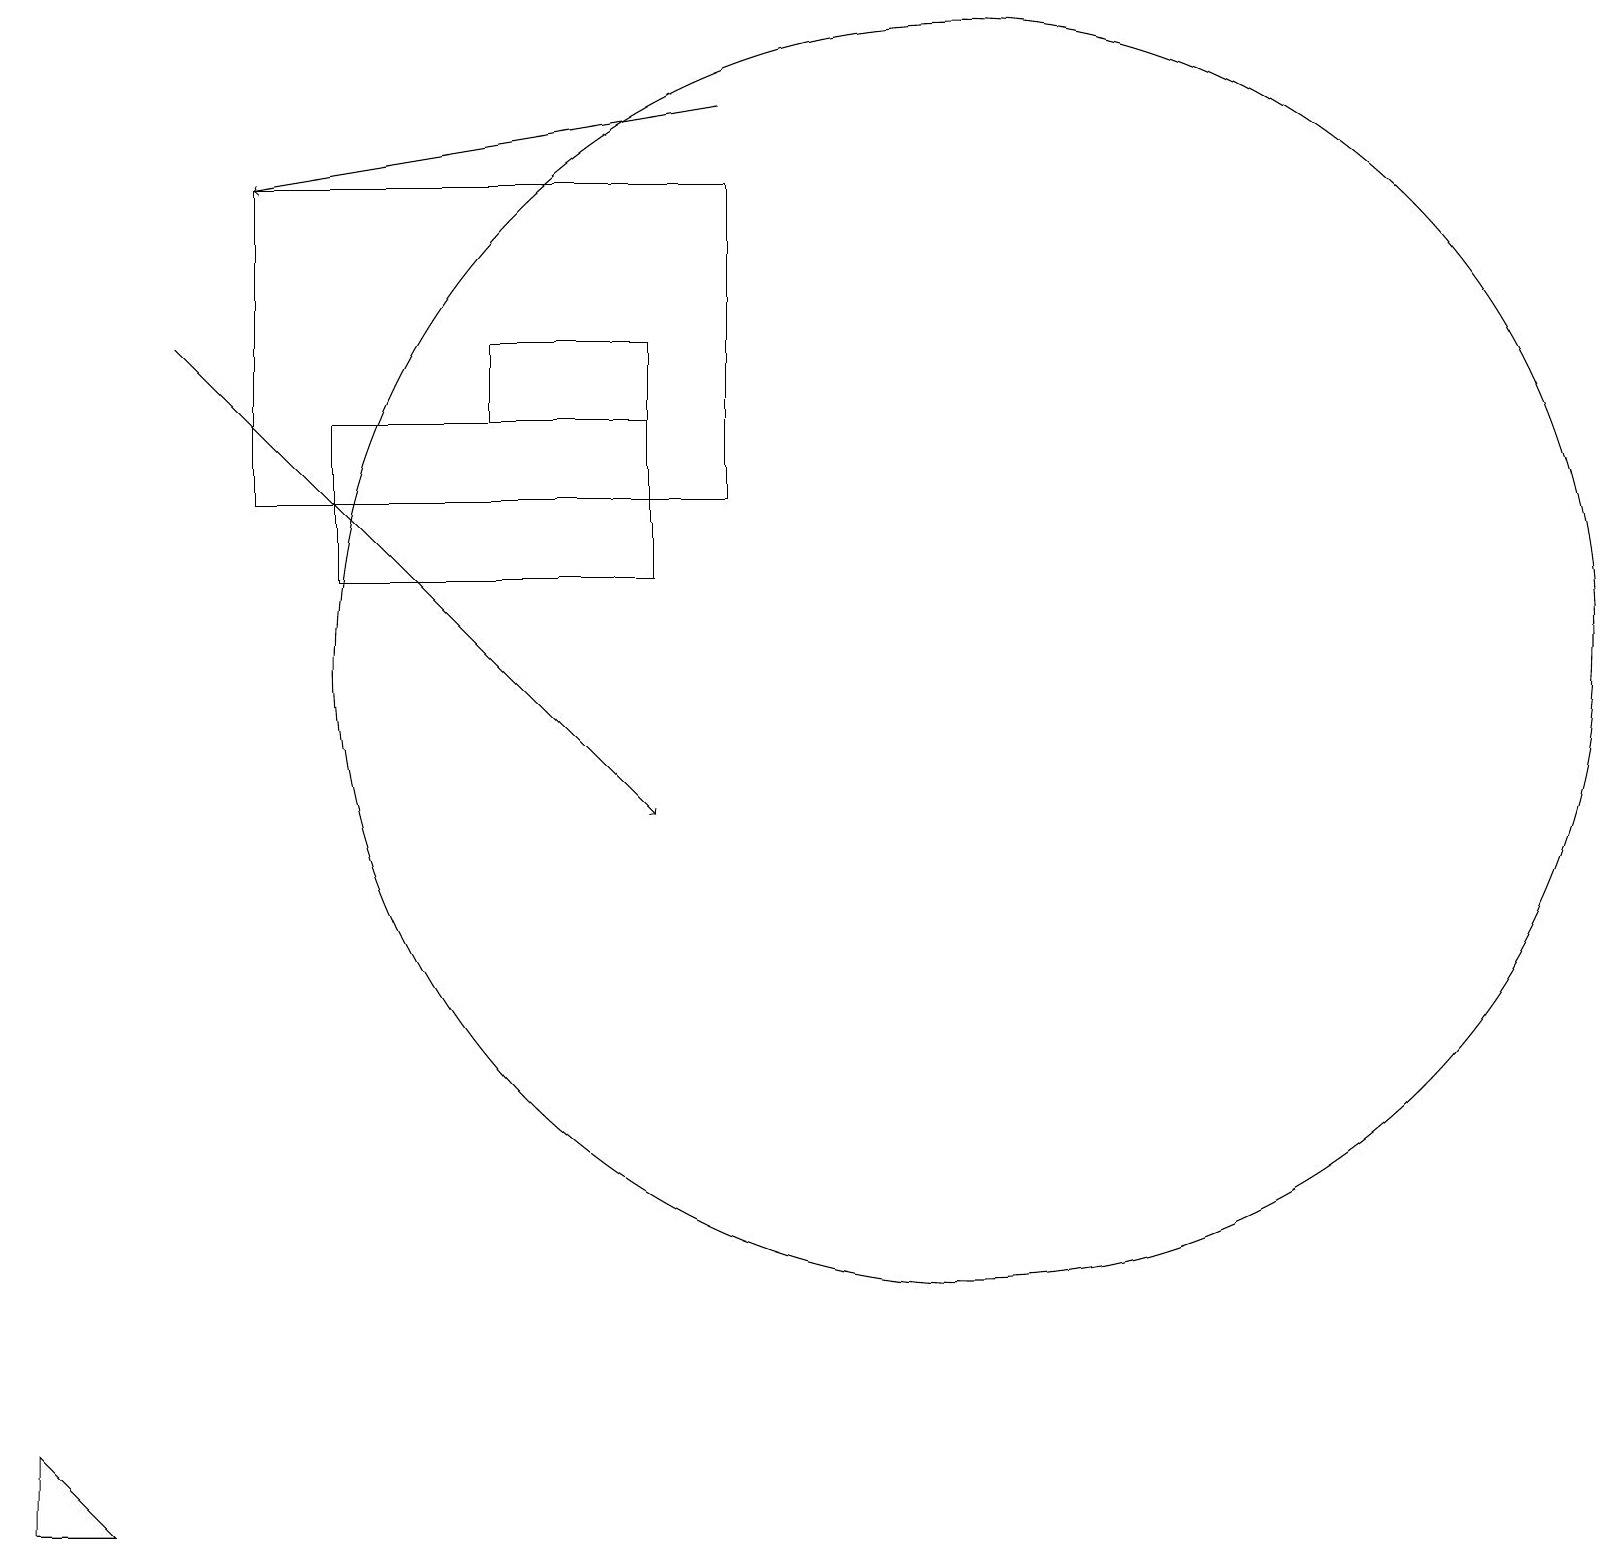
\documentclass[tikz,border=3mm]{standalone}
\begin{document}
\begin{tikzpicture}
\draw (8,16) rectangle (6,15);
\draw (1,1) -- (0,1) -- (0,2) -- cycle;
\draw[->] (9,19) -- (3,18);
\draw (4,15) rectangle (8,13);
\draw (12,12) circle (8);
\draw[->] (2,16) -- (8,10);
\draw (9,14) rectangle (3,18);
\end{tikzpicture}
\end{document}